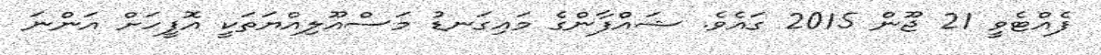
ފެއްޓެވީ 21 ޖޫން 2015 ގައެވެ. ޝައްފާންގެ މައިގަނޑު މަސްއޫލިއްޔަތަކީ އޮފީހަށް އަންނަ